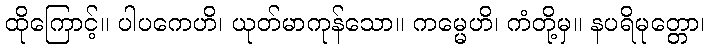
ထိုကြောင့်။ ပါပကေဟိ၊ ယုတ်မာကုန်သော။ ကမ္မေဟိ၊ ကံတို့မှ။ နပရိမုတ္တော၊